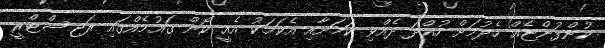
ކުންފުންޏެއް ހެދުމަށް ހުއްދަ ދެއްވި ކަމަށާއި އެކަމަކު އެއީ ކޮން ގައުމެއްގައި ރަޖިސްޓްރީ